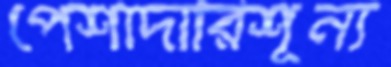
পেশাদারিশূন্য